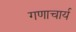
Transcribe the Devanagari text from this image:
गणाचार्य